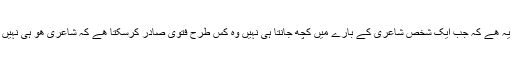
مدعا یہ ھے کہ جب ایک شخص شاعری کے بارے میں کچھ جانتا ہی نہیں وہ کس طرح فتویٰ صادر کرسکتا ھے کہ شاعری ھو ہی نہیں رہی۔